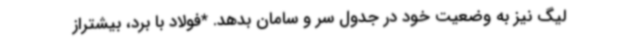
لیگ نیز به وضعیت خود در جدول سر و سامان بدهد. *فولاد با برد، بیشتراز